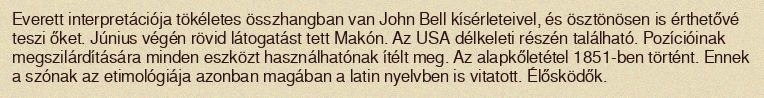
Everett interpretációja tökéletes összhangban van John Bell kísérleteivel, és ösztönösen is érthetővé teszi őket. Június végén rövid látogatást tett Makón. Az USA délkeleti részén található. Pozícióinak megszilárdítására minden eszközt használhatónak ítélt meg. Az alapkőletétel 1851-ben történt. Ennek a szónak az etimológiája azonban magában a latin nyelvben is vitatott. Élősködők.